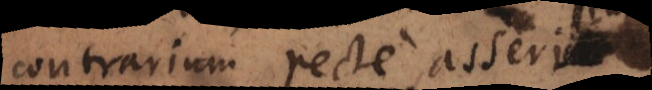
contrarium recte asseritur,